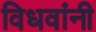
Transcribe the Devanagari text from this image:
विधवांनी